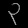
Digit: ၃